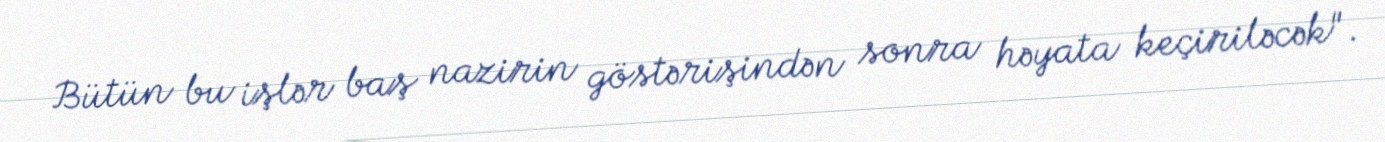
Bütün bu işlər baş nazirin göstərişindən sonra həyata keçiriləcək".